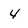
Character: 4